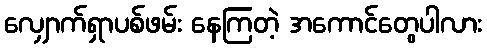
လျှောက်ရှာပစ်ဖမ်း နေကြတဲ့ အကောင်တွေပါလား